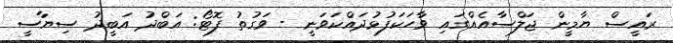
ރައީސް ޔާމީން ޖަލްސާއެއްގައި ވާހަކަފުޅުދައްކަވަނީ - ވަގުތު ފޮޓޯ: އަބްދު އަބީދު ސިޔާސީ